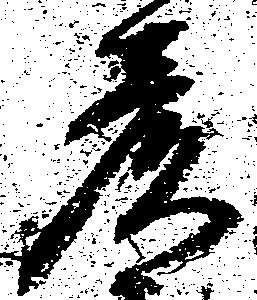
彦